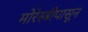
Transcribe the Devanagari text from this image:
मोरेस्बीपासून